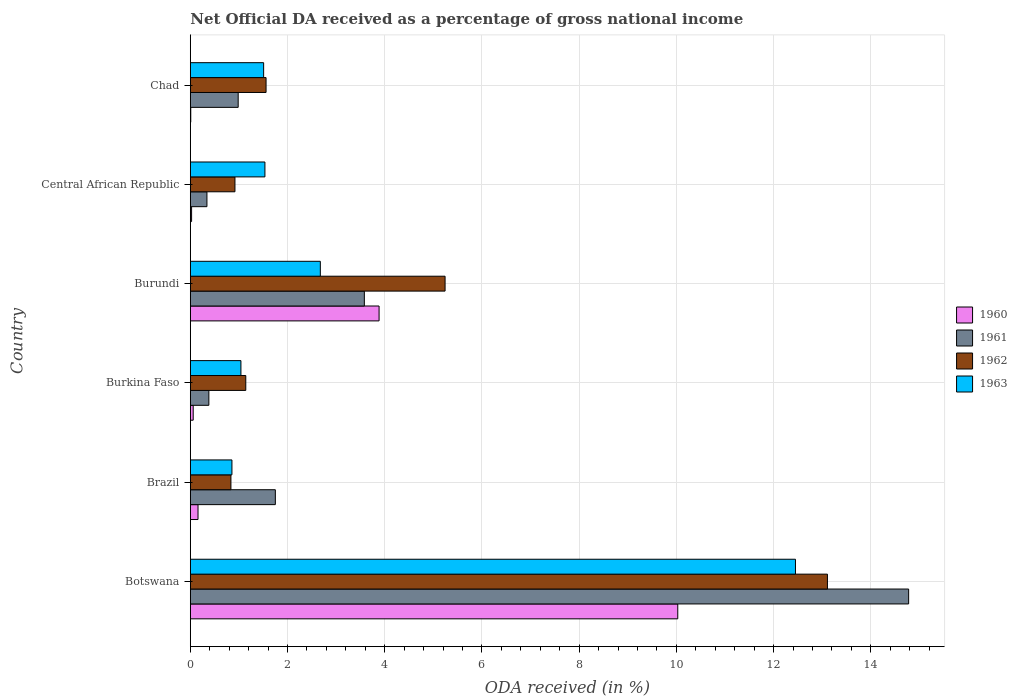
| Country | 1960 | 1961 | 1962 | 1963 |
 | --- | --- | --- | --- | --- |
 | Botswana | 10 | 14.8 | 13.1 | 12.4 |
 | Brazil | 0.159 | 1.75 | 0.836 | 0.857 |
 | Burkina Faso | 0.0597 | 0.382 | 1.14 | 1.04 |
 | Burundi | 3.88 | 3.58 | 5.24 | 2.68 |
 | Central African Republic | 0.0268 | 0.342 | 0.919 | 1.54 |
 | Chad | 0.00963 | 0.985 | 1.56 | 1.51 |